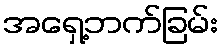
အရှေ့ဘက်ခြမ်း